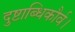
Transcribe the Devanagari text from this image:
दुष्टाब्धिकौर्व।